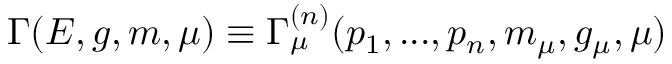
\Gamma ( E , g , m , \mu ) \equiv \Gamma _ { \mu } ^ { ( n ) } ( p _ { 1 } , . . . , p _ { n } , m _ { \mu } , g _ { \mu } , \mu )